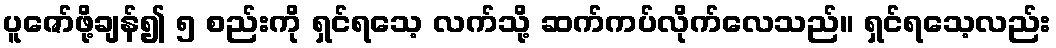
ပူဇော်ဖို့ချန်၍ ၅ စည်းကို ရှင်ရသေ့ လက်သို့ ဆက်ကပ်လိုက်လေသည်။ ရှင်ရသေ့လည်း